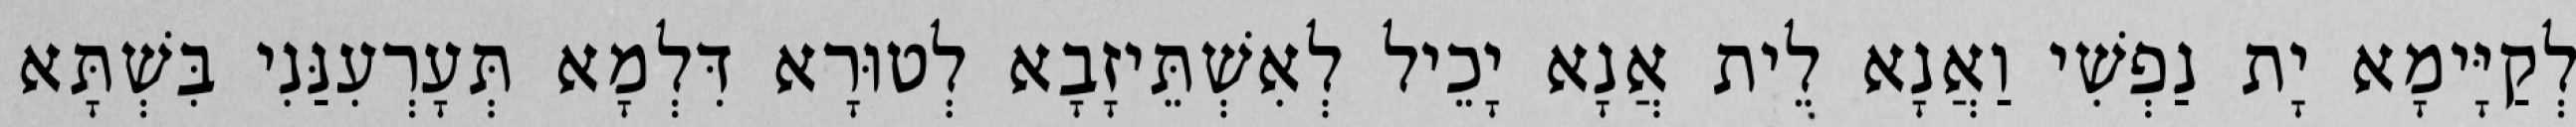
לְקַיָּימָא יָת נַפְשִׁי וַאֲנָא לֵית אֲנָא יָכֵיל לְאִשְׁתֵּיזָבָא לְטוּרָא דִּלְמָא תְּעָרְעִנַּנִי בִּשְׁתָּא